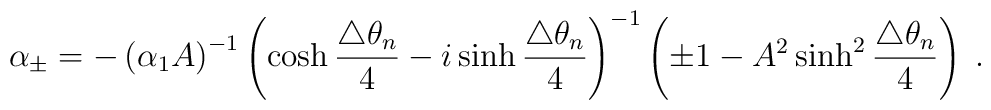
\alpha_{\pm}=-\left(\alpha_1A\right)^{-1}\left(\cosh\frac{\triangle\theta_n}{4}-i\sinh\frac{\triangle\theta_n}{4}\right)^{-1}\left(\pm 1-A^2\sinh^2\frac{\triangle\theta_n}{4}\right)\;.